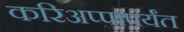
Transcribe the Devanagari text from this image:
करिअप्पापर्यंत